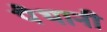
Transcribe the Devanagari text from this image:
पैथानी